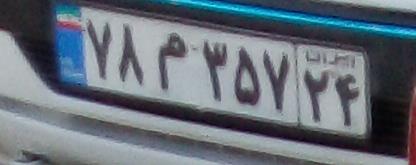
۷۸م۳۵۷۲۴